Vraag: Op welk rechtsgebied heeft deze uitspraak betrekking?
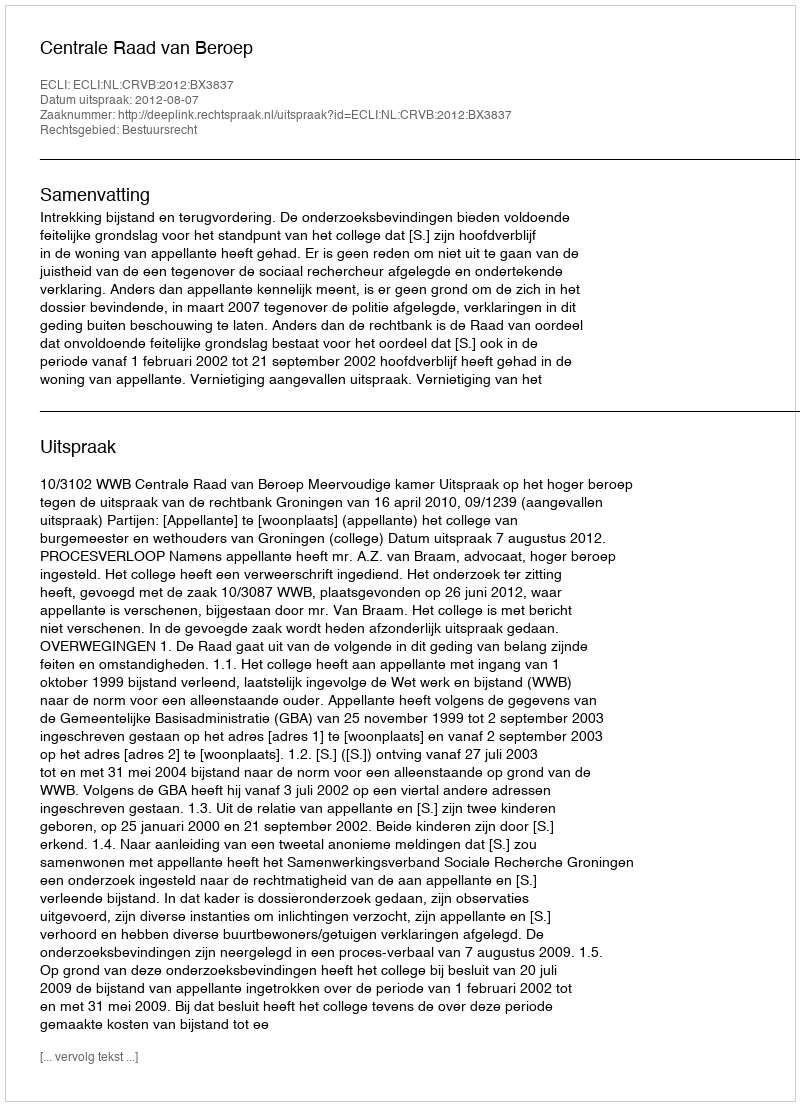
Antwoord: Bestuursrecht